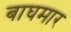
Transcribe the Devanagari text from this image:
बाघमार